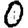
Digit: 0